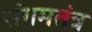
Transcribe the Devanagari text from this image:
संगमतंत्र